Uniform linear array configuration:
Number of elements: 8
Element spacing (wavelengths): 0.5
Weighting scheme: exponential
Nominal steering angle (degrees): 30
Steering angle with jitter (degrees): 28.486
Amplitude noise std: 0.05
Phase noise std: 0.05

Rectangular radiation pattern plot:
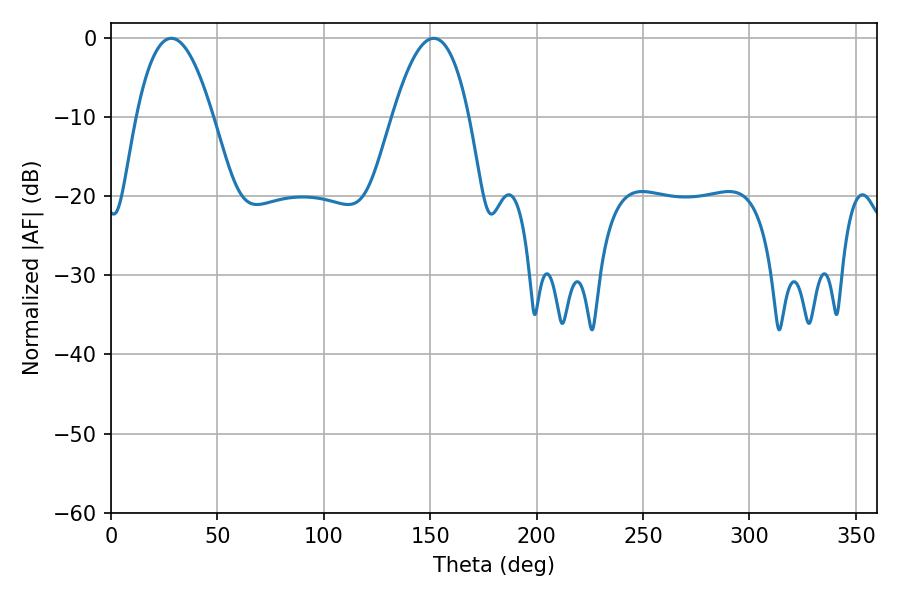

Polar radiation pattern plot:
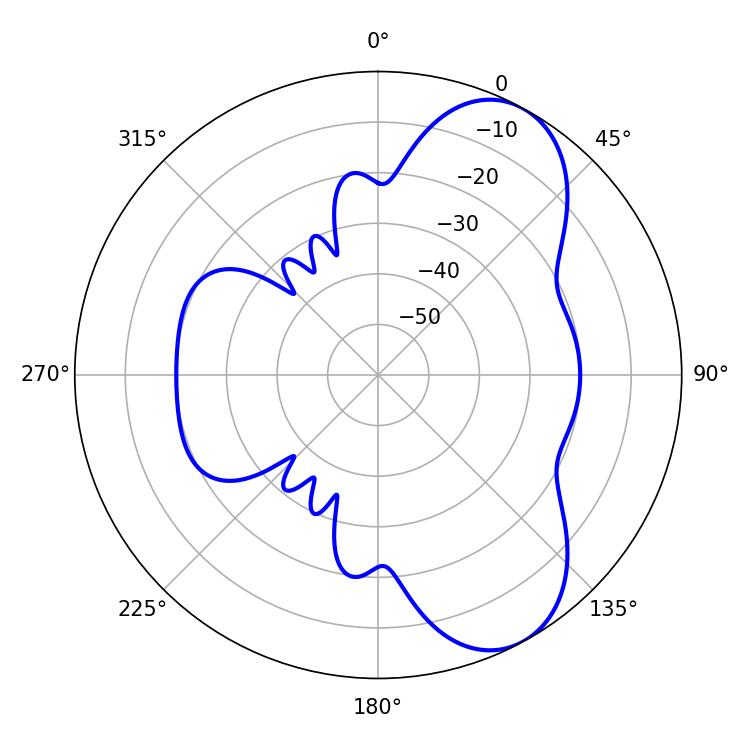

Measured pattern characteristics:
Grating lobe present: FALSE
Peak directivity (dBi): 7.466
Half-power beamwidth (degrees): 19.8
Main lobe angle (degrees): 28.44